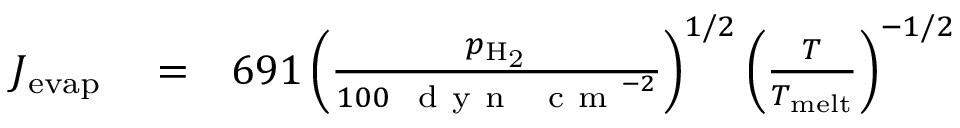
\begin{array} { r l r } { J _ { \mathrm { e v a p } } } & { { } = } & { 6 9 1 \left( \frac { p _ { \mathrm { H _ { 2 } } } } { 1 0 0 ~ \mathrm { ~ d ~ y ~ n ~ ~ ~ c ~ m ~ } ^ { - 2 } } \right) ^ { 1 / 2 } \left( \frac { T } { T _ { \mathrm { m e l t } } } \right) ^ { - 1 / 2 } } \end{array}